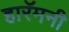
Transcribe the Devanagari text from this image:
हारॅमनी